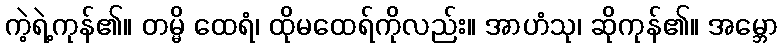
ကဲ့ရဲ့ကုန်၏။ တမ္မိ ထေရံ၊ ထိုမထေရ်ကိုလည်း။ အာဟံသု၊ ဆိုကုန်၏။ အမ္ဘော